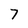
Character: 7